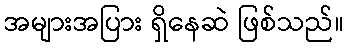
အများအပြား ရှိနေဆဲ ဖြစ်သည်။